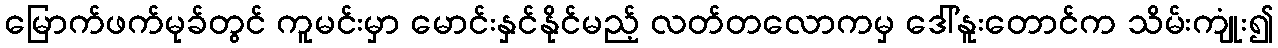
မြောက်ဖက်မုခ်တွင် ကူမင်းမှာ မောင်းနှင်နိုင်မည့် လတ်တလောကမှ ဒေါ်နူးတောင်က သိမ်းကျုံး၍